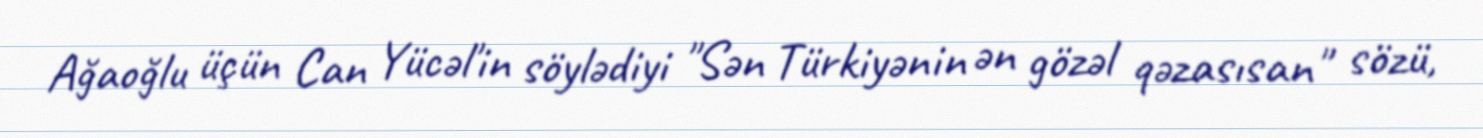
Ağaoğlu üçün Can Yücəl'in söylədiyi "Sən Türkiyənin ən gözəl qəzasısan" sözü,